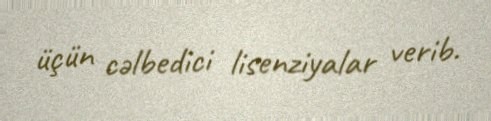
üçün cəlbedici lisenziyalar verib.